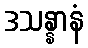
ဒသန္နာနံ